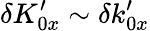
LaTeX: \delta K_{0x}^{\prime}\sim\delta k_{0x}^{\prime}